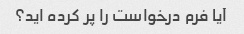
آیا فرم درخواست را پر کرده اید؟